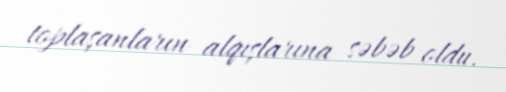
toplaşanların alqışlarına səbəb oldu.